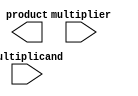
module higher_radix_wallace_tree_multiplier #(parameter N = 8, parameter RADIX = 8) (
    input [N-1:0] multiplicand,
    input [N-1:0] multiplier,
    output reg [2*N-1:0] product
);

    // Partial product generation
    wire [N*RADIX-1:0] partial_products [0:N/RADIX-1];
    
    generate
        genvar i, j;
        for (i = 0; i < N/RADIX; i = i + 1) begin : pp_gen
            for (j = 0; j < RADIX; j = j + 1) begin : pp_bit
                assign partial_products[i][j*N +: N] = (multiplier[i*RADIX + j]) ? multiplicand : {N{1'b0}};
            end
        end
    endgenerate

    // Wallace Tree Reduction
    wire [N*RADIX:0] sum [0:N/RADIX-1];
    wire [N*RADIX:0] carry [0:N/RADIX-1];

    generate
        for (i = 0; i < N/RADIX; i = i + 1) begin : reduction
            if (RADIX == 8) begin
                // 3-input reduction for Radix-8
                assign {carry[i], sum[i]} = partial_products[i][0 +: N] + partial_products[i][N +: N] + partial_products[i][2*N +: N];
            end else if (RADIX == 16) begin
                // 4-input reduction for Radix-16
                assign {carry[i], sum[i]} = partial_products[i][0 +: N] + partial_products[i][N +: N] + partial_products[i][2*N +: N] + partial_products[i][3*N +: N];
            end
        end
    endgenerate

    // Final Addition
    wire [2*N-1:0] final_sum;
    wire [2*N-1:0] final_carry;

    assign {final_carry, final_sum} = sum[0] + sum[1];

    // Output the product
    always @(*) begin
        product = final_sum + final_carry;
    end

endmodule